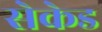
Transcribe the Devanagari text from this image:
सेकेड